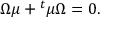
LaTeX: \Omega \mu + { } ^ { t } \mu \Omega = 0 .